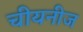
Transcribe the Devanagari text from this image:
चीयनीज